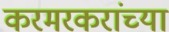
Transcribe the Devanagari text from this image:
करमरकरांच्या